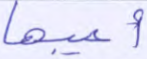
أعيبها